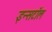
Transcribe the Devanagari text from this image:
इन्सटॉल